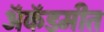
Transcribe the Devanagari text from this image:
ॲकॅडमीत